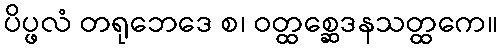
ပိပ္ဖလံ တရုဘေဒေ စ၊ ဝတ္ထစ္ဆေဒနသတ္ထကေ။